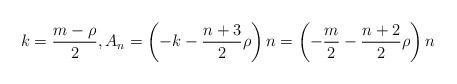
LaTeX: \begin{align*}k=\frac{m-\rho}{2},A_n=\left(-k-\frac{n+3}{2}\rho\right)n=\left(-\frac{m}{2}-\frac{n+2}{2}\rho\right)n\end{align*}